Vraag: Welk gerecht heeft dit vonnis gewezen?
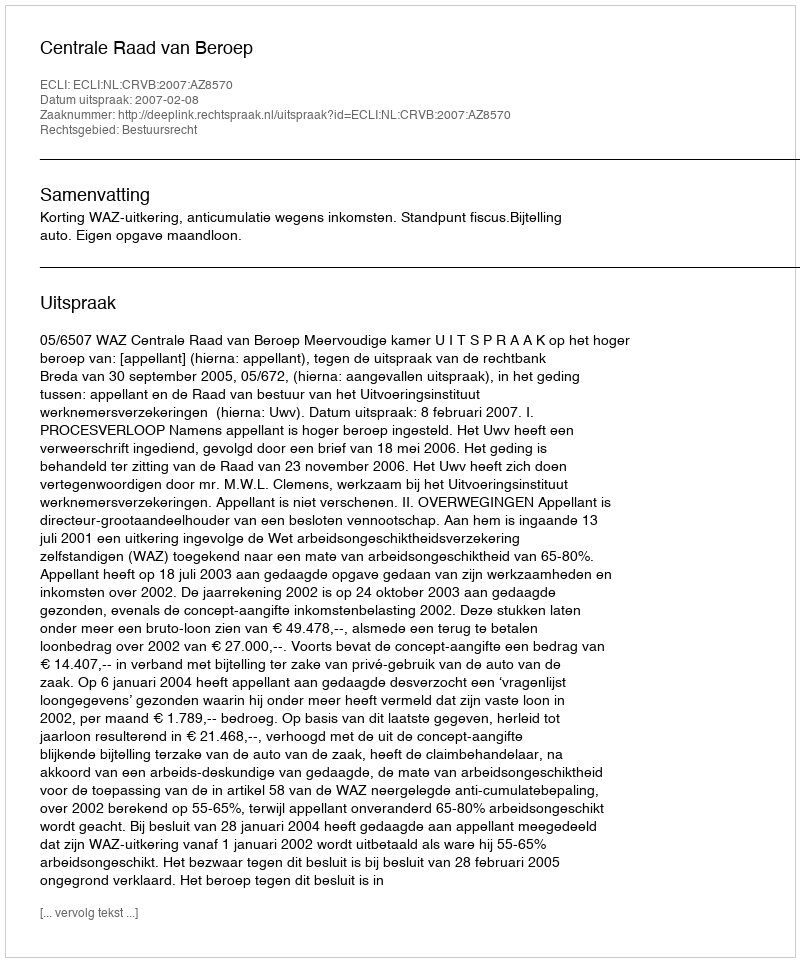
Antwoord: Centrale Raad van Beroep